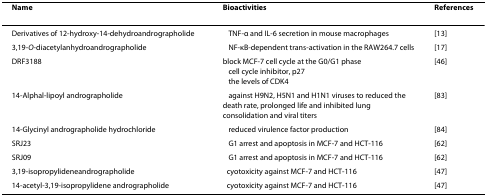
<table><thead><tr><td><b>Name</b></td><td><b>Bioactivities</b></td><td><b>References</b></td></tr></thead><tbody><tr><td>Derivatives of 12-hydroxy-14-dehydroandrographolide</td><td>↓ TNF-α and IL-6 secretion in mouse macrophages</td><td>[13]</td></tr><tr><td>3,19-<i>O</i>-diacetylanhydroandrographolide</td><td>↓ NF-κB-dependent trans-activation in the RAW264.7 cells</td><td>[17]</td></tr><tr><td>DRF3188</td><td>block MCF-7 cell cycle at the G0/G1 phase↑ cell cycle inhibitor, p27↓ the levels of CDK4</td><td>[46]</td></tr><tr><td>14-Alphal-lipoyl andrographolide</td><td>↑ against H9N2, H5N1 and H1N1 viruses to reduced the death rate, prolonged life and inhibited lung consolidation and viral titers</td><td>[83]</td></tr><tr><td>14-Glycinyl andrographolide hydrochloride</td><td>↓ reduced virulence factor production</td><td>[84]</td></tr><tr><td>SRJ23</td><td>↑ G1 arrest and apoptosis in MCF-7 and HCT-116</td><td>[62]</td></tr><tr><td>SRJ09</td><td>↑ G1 arrest and apoptosis in MCF-7 and HCT-116</td><td>[62]</td></tr><tr><td>3,19-isopropylideneandrographolide</td><td>↑cyotoxicity against MCF-7 and HCT-116</td><td>[47]</td></tr><tr><td>14-acetyl-3,19-isopropylidene andrographolide</td><td>↑cyotoxicity against MCF-7 and HCT-116</td><td>[47]</td></tr></tbody></table>